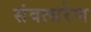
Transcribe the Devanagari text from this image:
संवत्सरेण